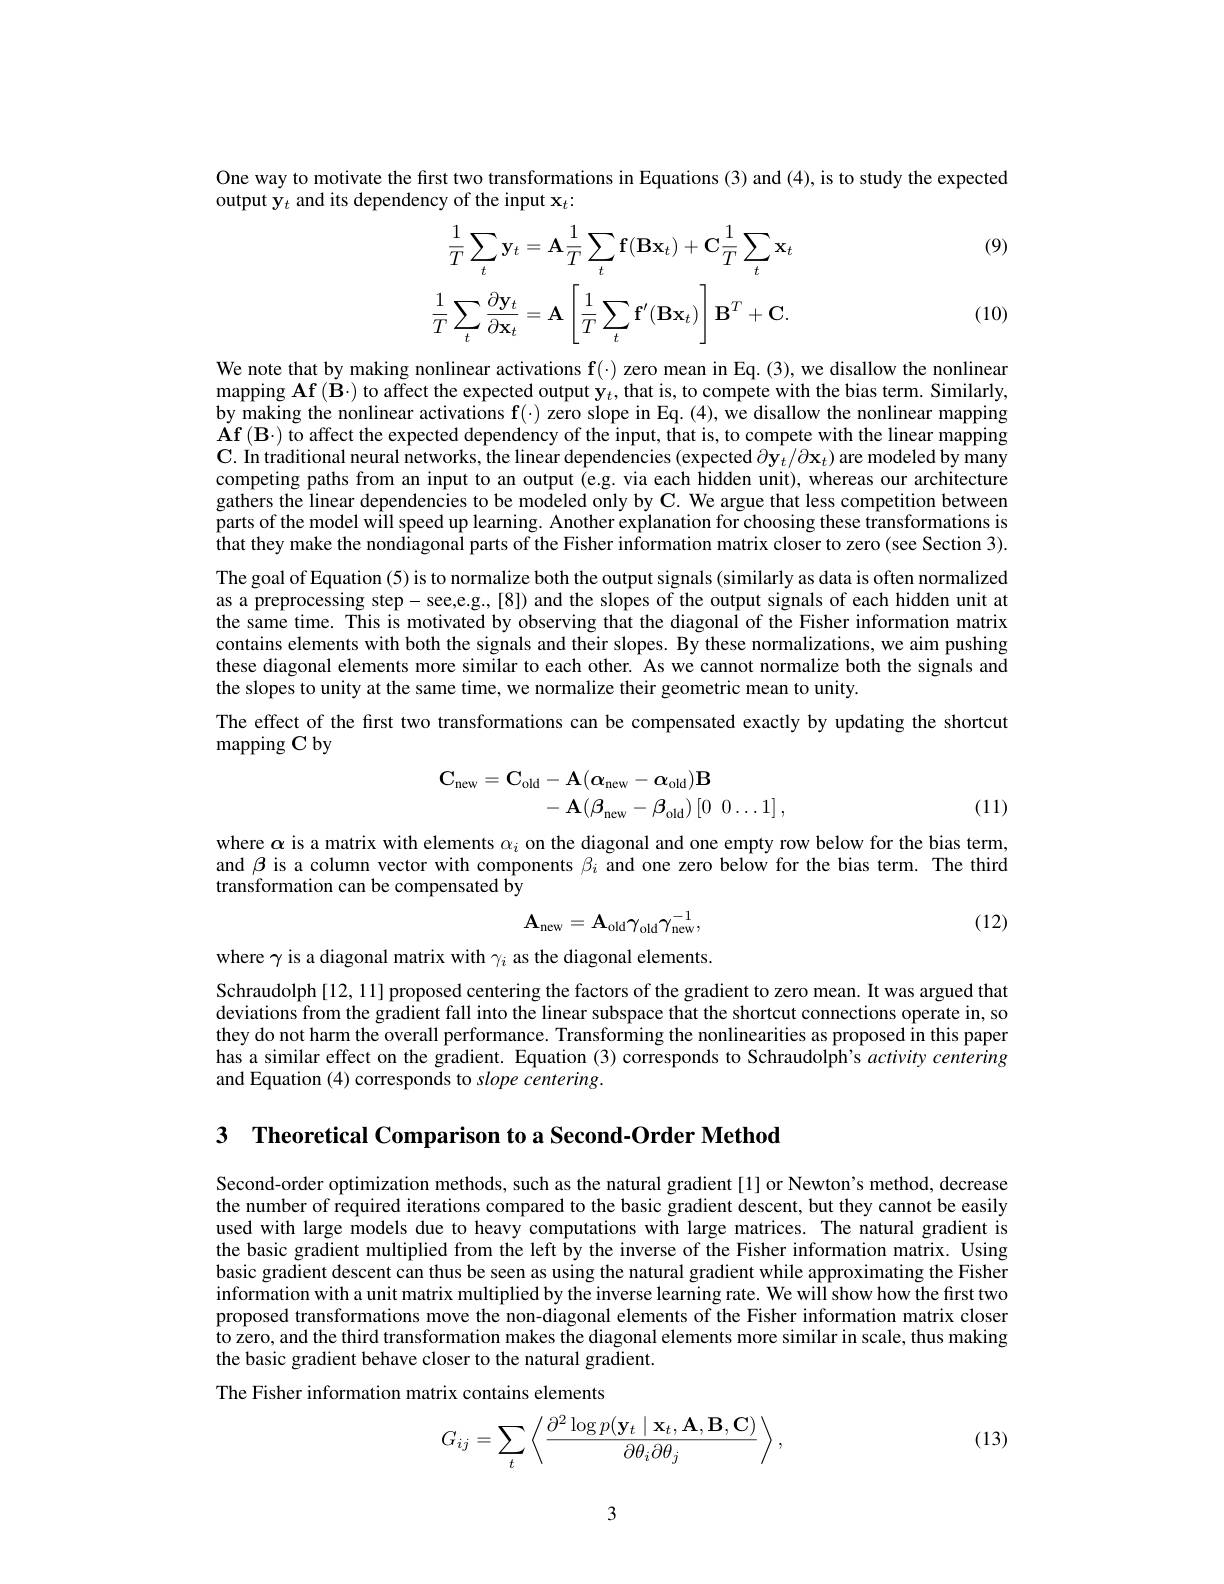
One way to motivate the first two transformations in Equations (3) and (4), is to study the expected
output y$_t$ and its dependency of the input $\mathbf{x}_t:$

(9)
$$\frac{1}{T}\sum_{t}\mathbf{y}_{t}=\mathbf{A}\frac{1}{T}\sum_{t}\mathbf{f}(\mathbf{B}\mathbf{x}_{t})+\mathbf{C}\frac{1}{T}\sum_{t}\mathbf{x}_{t}\\\frac{1}{T}\sum_{t}\frac{\partial\mathbf{y}_{t}}{\partial\mathbf{x}_{t}}=\mathbf{A}\left[\frac{1}{T}\sum_{t}\mathbf{f}^{\prime}(\mathbf{B}\mathbf{x}_{t})\right]\mathbf{B}^{T}+\mathbf{C}.$$
(10)

We note that by making nonlinear activations $\mathbf{f}(\cdot)$ zero mean in Eq.(3), we disallow the nonlinear $\operatorname*{mapping}\mathbf{Af}(\dot{\mathbf{B}}\cdot)$ to affect the expected output $\mathbf{y}_t$,that is, to compete with the bias term. Similarly, by making the nonlinear activations f(-) zero slope in Eq. (4), we disallow the nonlinear mapping $\mathbf{Af}\left(\mathbf{B}\cdot\right)$ to affect the expected dependency of the input, that is, to compete with the linear mapping $\mathbf{C}.$ In traditional neural networks, the linear dependencies (expected $\partial\mathbf{y}_t/\partial\mathbf{x}_t)$ are modeled by many competing paths from an input to an output (e.g. via each hidden unit), whereas our architecture gathers the linear dependencies to be modeled only by C. We argue that less competition between parts of the model will speed up learning. Another explanation for choosing these transformations is that they make the nondiagonal parts of the Fisher information matrix closer to zero (see Section 3). The goal of Equation (5) is to normalize both the output signals (similarly as data is often normalized as a preprocessing step- see,e.g,[8]) and the slopes of the output signals of each hidden unit at the same time. This is motivated by observing that the diagonal of the Fisher information matrix contains elements with both the signals and their slopes. By these normalizations, we aim pushing these diagonal elements more similar to each other. As we cannot normalize both the signals and the slopes to unity at the same time, we normalize their geometric mean to unity.
The effect of the first two transformations can be compensated exactly by updating the shortcut
${\mathrm{mapping~C~by}}$
$$\begin{aligned}\mathbf{C}_{\mathrm{new}}&=\mathbf{C}_{\mathrm{old}}-\mathbf{A}(\mathbf{\alpha}_{\mathrm{new}}-\mathbf{\alpha}_{\mathrm{old}})\mathbf{B}\\&-\mathbf{A}(\beta_{\mathrm{new}}-\beta_{\mathrm{old}})\left[0\:0\ldots1\right],\end{aligned}$$
(11)

where $\alpha$ is a matrix with elements $\alpha_i$ on the diagonal and one empty row below for the bias term, and $\beta$ is a column vector with components $\beta_i$ and one zero below for the bias term. The third transformation can be compensated by
$$\mathbf{A_{new}}=\mathbf{A_{old}}\gamma_{\mathrm{old}}\gamma_{\mathrm{new}}^{-1},$$
(12)

where $\gamma$ is a diagonal matrix with $\gamma_i$ as the diagonal elements.

Schraudolph [12, 11] proposed centering the factors of the gradient to zero mean. It was argued that deviations from the gradient fall into the linear subspace that the shortcut connections operate in, so they do not harm the overall performance. Transforming the nonlinearities as proposed in this paper has a similar effect on the gradient. Equation (3) corresponds to Schraudolph's activity centering and Equation (4) corresponds to slope centering.

3 $\textbf{Theoretical Comparison to a Second- Order Method}$

Second-order optimization methods, such as the natural gradient[1] or Newton's method, decrease the number of required iterations compared to the basic gradient descent, but they cannot be easily used with large models due to heavy computations with large matrices. The natural gradient is the basic gradient multiplied from the left by the inverse of the Fisher information matrix. Using basic gradient descent can thus be seen as using the natural gradient while approximating the Fisher information with a unit matrix multiplied by the inverse learning rate. We will show how the first two proposed transformations move the non-diagonal elements of the Fisher information matrix closer to zero, and the third transformation makes the diagonal elements more similar in scale, thus making the basic gradient behave closer to the natural gradient.

The Fisher information matrix contains elements
$$G_{ij}=\sum_{t}\left\langle\frac{\partial^2\log p(\mathbf{y}_t\mid\mathbf{x}_t,\mathbf{A},\mathbf{B},\mathbf{C})}{\partial\theta_i\partial\theta_j}\right\rangle,$$
(13)

3